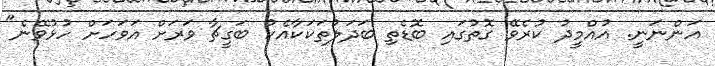
އަންނަނީ. އުއްމީދު ކުރެވޭ ގޮތުގައި ބޮޑެތި ބަދަލުތަކަކާއެކު ބަގީޗާ ވަރަށް އަވަހަށް ހުޅުވޭނެ"